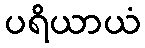
ပရိယာယံ